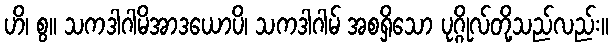
ဟိ၊ စွ။ သကဒါဂါမိအာဒယောပိ၊ သကဒါဂါမ် အစရှိသော ပုဂ္ဂိုလ်တို့သည်လည်း။